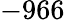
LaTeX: -966